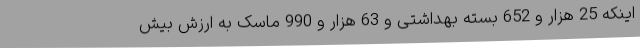
اینکه 25 هزار و 652 بسته بهداشتی و 63 هزار و 990 ماسک به ارزش بیش